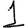
Digit: 1